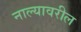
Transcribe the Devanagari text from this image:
नाल्यावरील